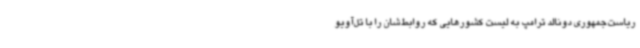
ریاست‌جمهوری دونالد ترامپ به لیست کشورهایی که روابط‌شان را با تل‌آویو